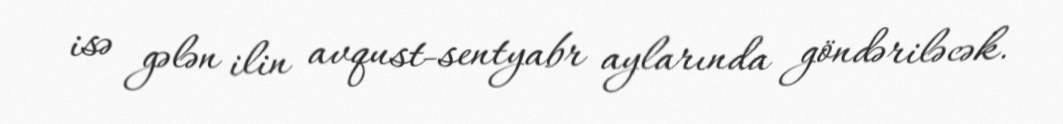
isə gələn ilin avqust-sentyabr aylarında göndəriləcək.